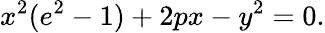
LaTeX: x^{2}(e^{2}-1)+2px-y^{2}=0.